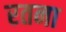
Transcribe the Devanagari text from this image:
रतना